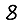
Digit: 8